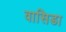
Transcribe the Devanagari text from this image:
वासिडा